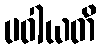
ပဝါယတိ